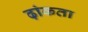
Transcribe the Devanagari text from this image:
ढ़ांकता